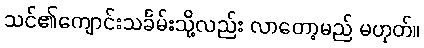
သင်၏ကျောင်းသင်္ခမ်းသို့လည်း လာတော့မည် မဟုတ်။